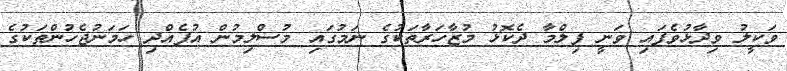
ވަކީލު ވިދާޅުވެފައި ވަނީ ފިލްމާ ދެކޮޅު މުޒާހަރާތަކުގެ ނަމުގައި މުސްލިމުން އުފެއްދި ހަމަނުޖެހުންތަކުގެ